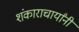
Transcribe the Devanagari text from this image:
शंकाराचार्यांनी